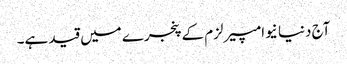
آج دنیا نیوامپیرلزم کے پنجرے میں قید ہے۔